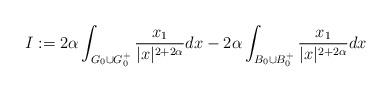
LaTeX: \begin{align*}I:=2\alpha \int_{G_0\cup G^+_0} \frac{x_1}{|x|^{2+2\alpha}} dx - 2\alpha \int_{ B_0 \cup B^+_0} \frac{x_1}{|x|^{2+2\alpha}} dx\end{align*}